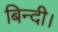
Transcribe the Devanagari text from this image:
बिन्दी।